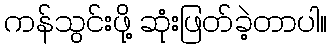
ကန်သွင်းဖို့ ဆုံးဖြတ်ခဲ့တာပါ။